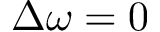
\Delta \omega = 0